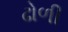
ઢોળી